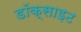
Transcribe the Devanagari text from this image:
डॉक्साइट